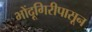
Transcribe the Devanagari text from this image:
भोंदूगिरीपासून